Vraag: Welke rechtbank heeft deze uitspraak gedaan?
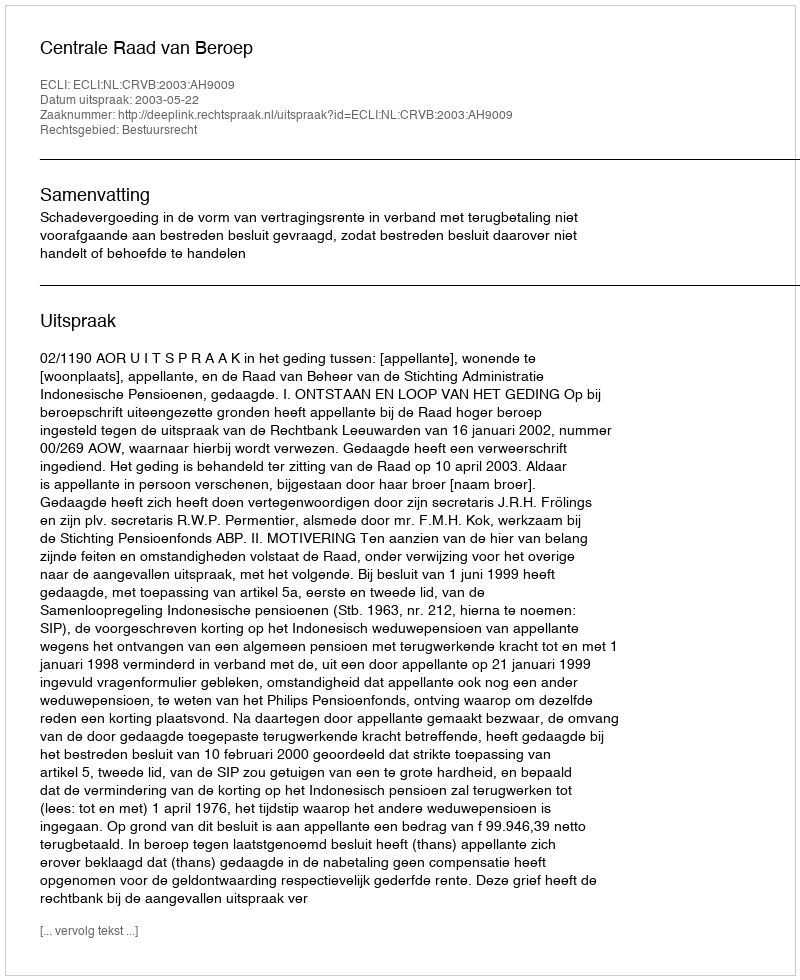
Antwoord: Centrale Raad van Beroep